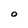
Character: O